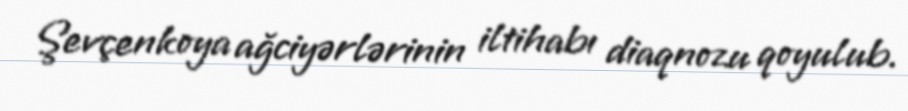
Şevçenkoya ağciyərlərinin iltihabı diaqnozu qoyulub.